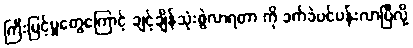
ကြီးမြင့်မှုတွေကြောင့် ချင့်ချိန်သုံးစွဲလာရတာ ကို ခက်ခဲပင်ပန်းလာပြီလို့